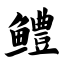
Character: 鳢